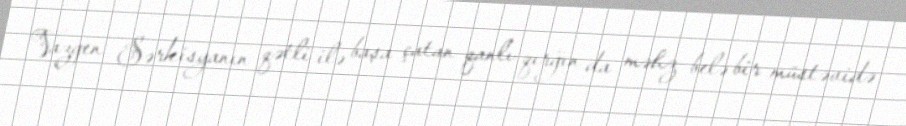
Vazgen Sərkisyanın qətli ilə başa çatan qanlı qırğın da məhz belə bir müstəvidə